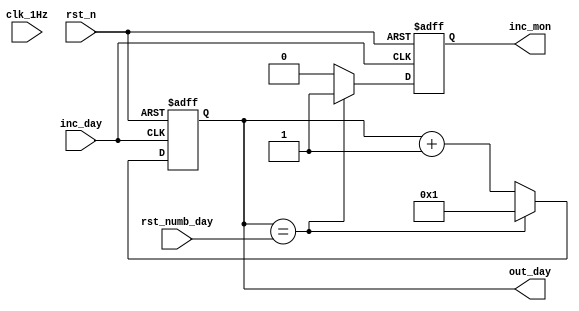
module counter_day (
	input clk_1Hz,    // Clock
	input rst_n,  // Asynchronous reset active low
	input inc_day,
	input wire [5:0] rst_numb_day,
	output reg inc_mon,
	output reg [5:0] out_day
);	

	always @(posedge inc_day or negedge rst_n) begin
		if(~rst_n) begin
			out_day <= 1;
			inc_mon <= 0;
		end else begin
			if (out_day == rst_numb_day) begin
				out_day <= 1;
				inc_mon <= 1;
			end
			else
			begin 
				out_day <= out_day + 1'b1;
				inc_mon <= 0;
			end
		end
	end
endmodule